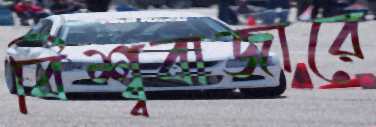
বিশ্ব্ববাজারে